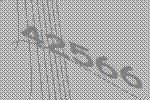
42566